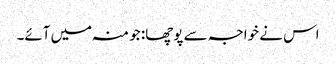
اس نے خواجہ سے پوچھا: جو منہ میں آئے۔